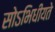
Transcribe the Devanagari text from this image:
सोऽभिधीयते